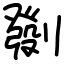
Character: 㔇